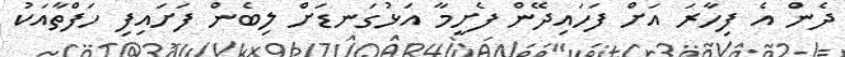
ދެން އެ ފިހާރަ އަށް ފަހައިދޭން ފެށީމާ އަޅުގަނޑަށް ލިބެން ފަށައިފި ހަފްތާއަކު